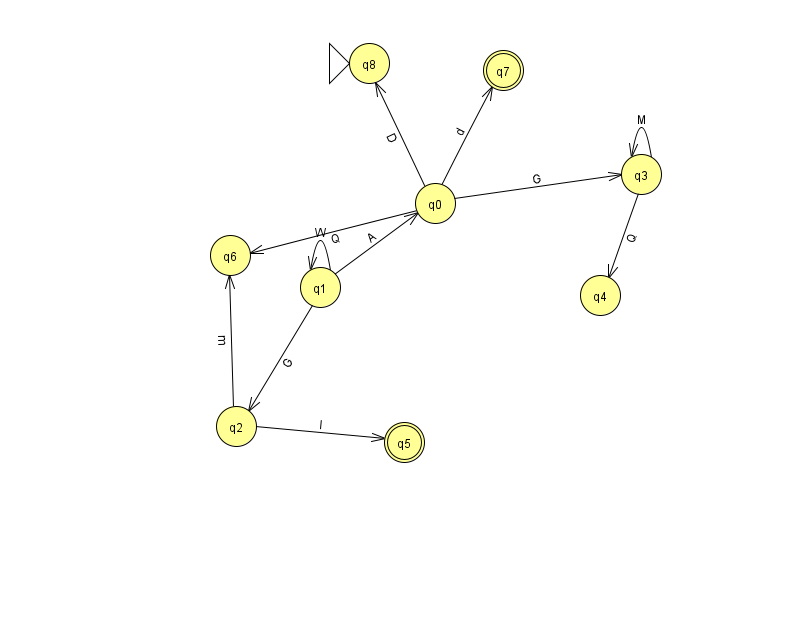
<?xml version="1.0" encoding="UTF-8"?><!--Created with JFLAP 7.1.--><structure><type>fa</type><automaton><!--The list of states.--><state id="0" name="q0"><x>435.0</x><y>190.0</y></state><state id="1" name="q1"><x>320.0</x><y>274.0</y></state><state id="2" name="q2"><x>236.0</x><y>413.0</y></state><state id="3" name="q3"><x>641.0</x><y>161.0</y></state><state id="4" name="q4"><x>600.0</x><y>282.0</y></state><state id="5" name="q5"><x>404.0</x><y>429.0</y><final/></state><state id="6" name="q6"><x>230.0</x><y>242.0</y></state><state id="7" name="q7"><x>503.0</x><y>57.0</y><final/></state><state id="8" name="q8"><x>369.0</x><y>50.0</y><initial/></state><!--The list of transitions.--><transition><from>0</from><to>8</to><read>D</read></transition><transition><from>2</from><to>5</to><read>I</read></transition><transition><from>1</from><to>0</to><read>A</read></transition><transition><from>1</from><to>2</to><read>G</read></transition><transition><from>2</from><to>6</to><read>m</read></transition><transition><from>0</from><to>7</to><read>d</read></transition><transition><from>1</from><to>1</to><read>W</read></transition><transition><from>0</from><to>6</to><read>Q</read></transition><transition><from>0</from><to>3</to><read>G</read></transition><transition><from>3</from><to>4</to><read>Q</read></transition><transition><from>3</from><to>3</to><read>M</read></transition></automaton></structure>